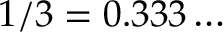
1 / 3 = 0 . 3 3 3 \ldots